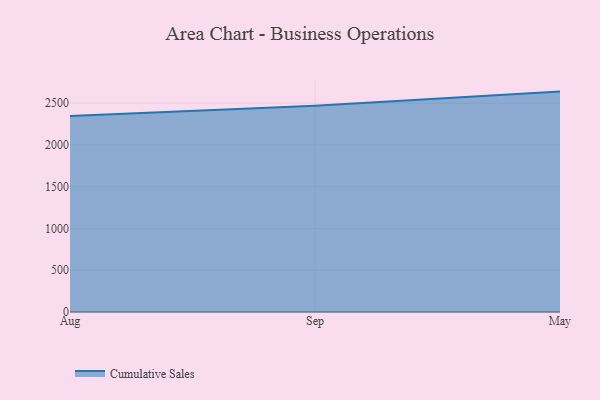
{"axis": {"x": "Month", "y": "Conversion Rate (%)"}, "legend": ["Cumulative Sales"], "data": [{"x": "Aug", "y": 2347.5, "type": "Cumulative Sales"}, {"x": "Sep", "y": 2470.5, "type": "Cumulative Sales"}, {"x": "May", "y": 2638.4, "type": "Cumulative Sales"}]}